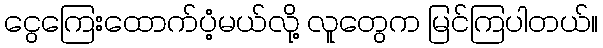
ငွေကြေးထောက်ပံ့မယ်လို့ လူတွေက မြင်ကြပါတယ်။